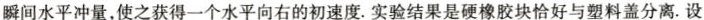
瞬间水平冲量，使之获得一个水平向右的初速度.实验结果是硬橡胶块恰好与塑料盖分离.设